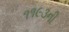
૧૧૯૩ની